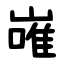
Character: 嶉